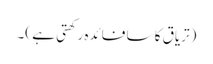
(تریاق کا سا فائدہ رکھتی ہے )۔